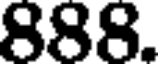
888.